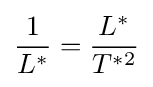
{\frac {1}{L^{*}}}={\frac {L^{*}}{T^{*2}}}